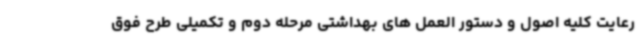
رعایت کلیه اصول و دستور العمل های بهداشتی مرحله دوم و تکمیلی طرح فوق